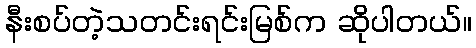
နီးစပ်တဲ့သတင်းရင်းမြစ်က ဆိုပါတယ်။